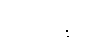
လုံးအနက်